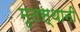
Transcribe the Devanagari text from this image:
मृतस्थानी